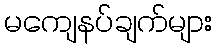
မကျေနပ်ချက်များ